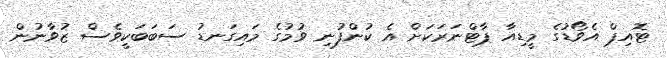
ޓޮއިޕް އެވޯޑުގެ މީޑިއާ ޕާޓްނަރަކަށް އެ ކުންފުނި ވުމުގެ މައިގަނޑު ސަބަބަކީވެސް ޒުވާނުން